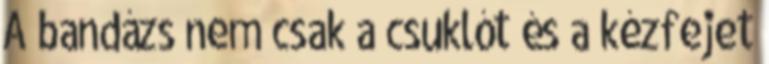
A bandázs nem csak a csuklót és a kézfejet